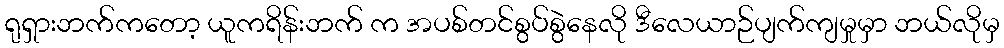
ရုရှားဘက်ကတော့ ယူကရိန်းဘက် က အပစ်တင်စွပ်စွဲနေလို ဒီလေယာဉ်ပျက်ကျမှုမှာ ဘယ်လိုမှ